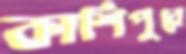
কাশিপুরে